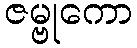
ဇမ္ဗုကော